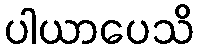
ပါယာပေသိ